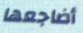
أضاجعها